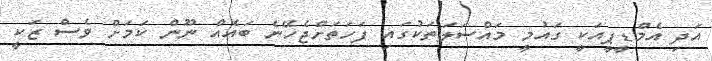
އަދި އެމްޑީޕީއަކީ ގައުމީ މައްސަލަތަކުގައި ފަހަތަށްޖެހޭނެ ބައެއް ނޫން ކަމަށް ވެސް ޒަކީ